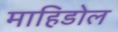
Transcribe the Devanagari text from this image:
माहिडोल